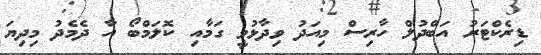
ޑިރެކްޓަރު އަބްދުލް ހާރިސް މިއަދު ވިދާޅުވީ ގަމާއި ކޮލަމްބޯ އާ ދެމެދު މިދިޔަ